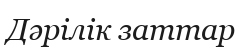
Дәрілік заттар